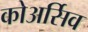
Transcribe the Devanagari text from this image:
कोअर्सिव